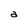
Character: a